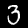
Label: 3